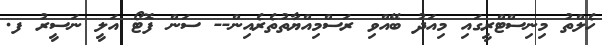
ހެލްތު މިނިސްޓްރީގައި މިއަދު ބޭއްވި ރަސްމިއްޔާތުތެރެއިން-- ސަން ފޮޓޯ އަލީ ނަސީރު ފ.